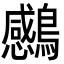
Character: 𮭗